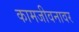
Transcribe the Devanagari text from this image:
कामजीवनावर